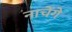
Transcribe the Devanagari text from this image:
नाचेंगे